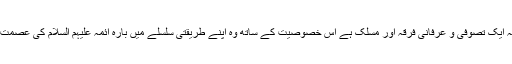
اسی لئے فرقہ نوربخشیہ ایک تصوفی و عرفانی فرقہ اور مسلک ہے اس خصوصیت کے ساتھ وہ اپنے طریقتی سلسلے میں بارہ ائمہ علیہم السلام کی عصمت و طہارت کا قائل ہیں ۔